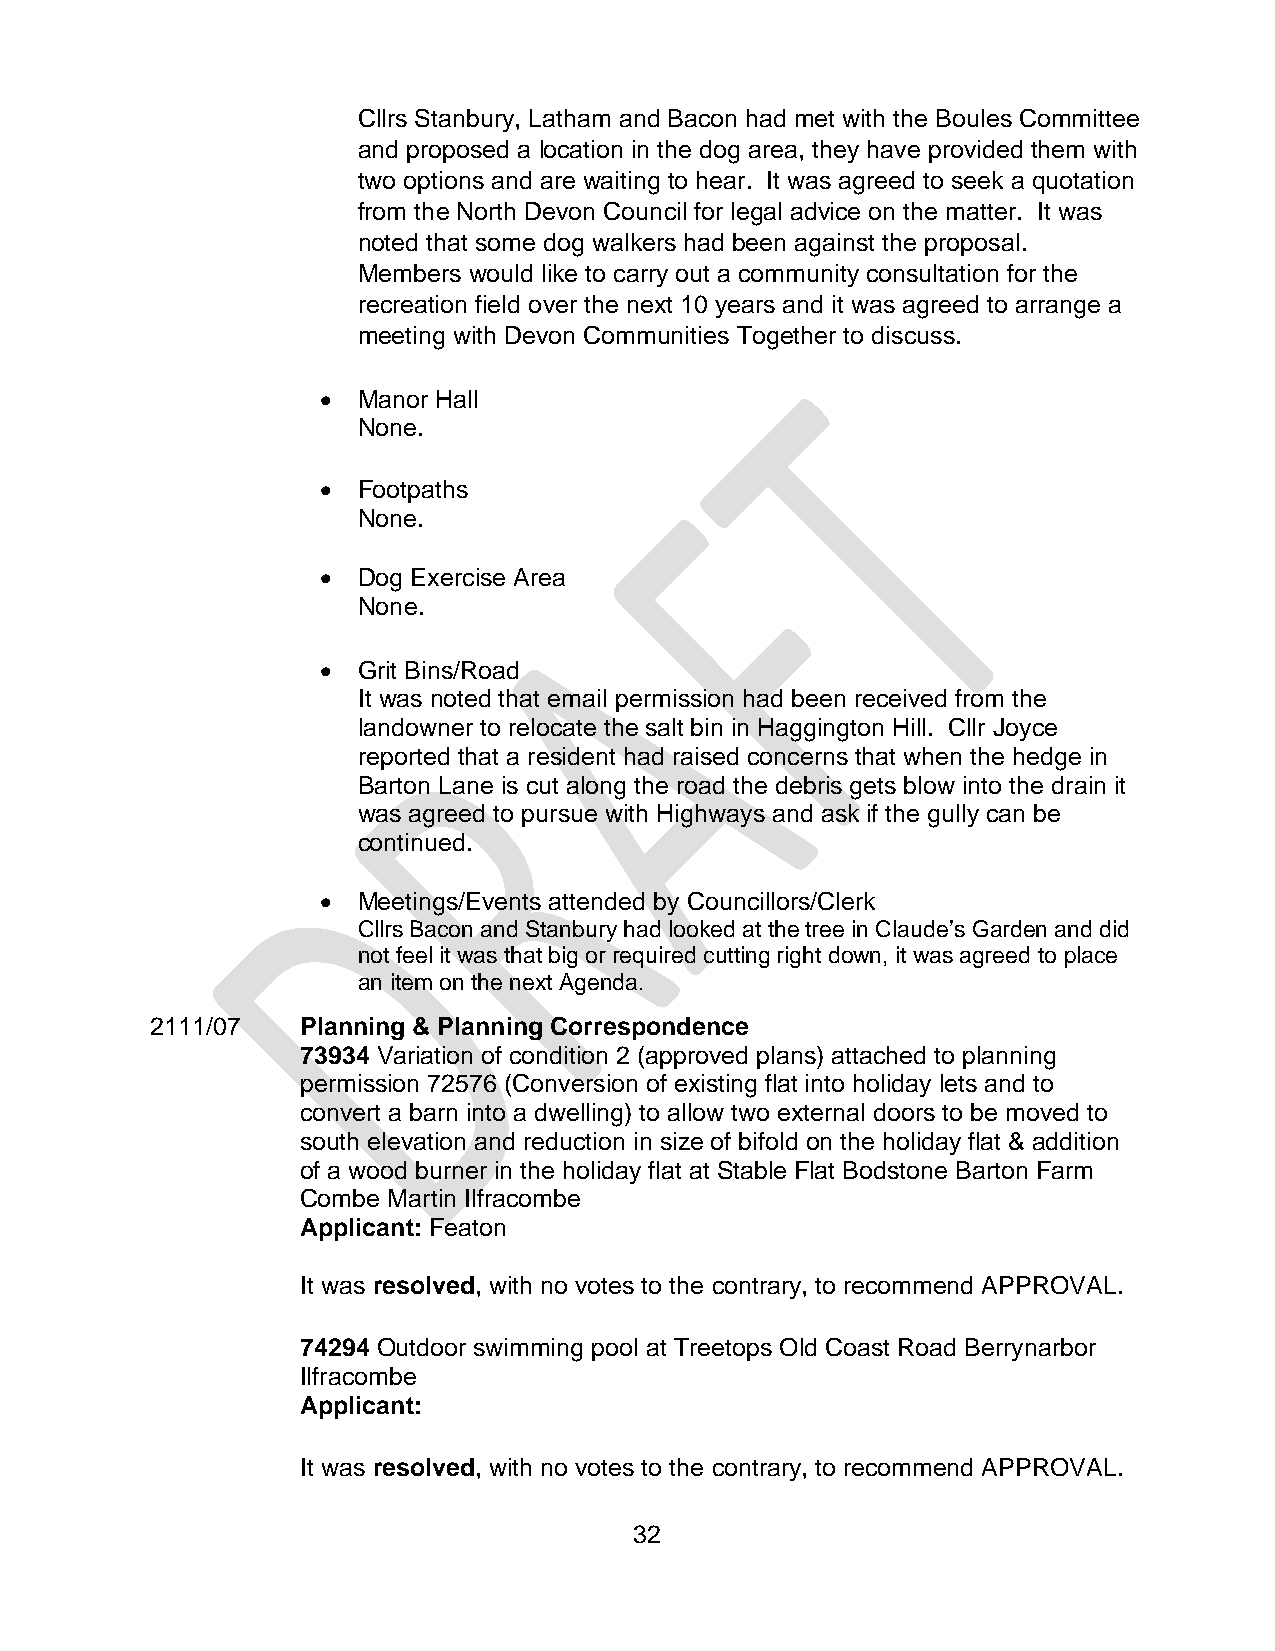
Cllrs Stanbury, Latham and Bacon had met with the Boules Committee
 and proposed a location in the dog area, they have provided them with
 two options and are waiting to hear. It was agreed to seek a quotation
 from the North Devon Council for legal advice on the matter. It was
 noted that some dog walkers had been against the proposal.
 Members would like to carry out a community consultation for the
 recreation field over the next 10 years and it was agreed to arrange a
 meeting with Devon Communities Together to discuss.
 •  Manor Hall
 None.
 •  Footpaths
 None.
 •  Dog Exercise Area
 None.
 •  Grit Bins/Road
 It was noted that email permission had been received from the
 landowner to relocate the salt bin in Haggington Hill. Cllr Joyce
 reported that a resident had raised concerns that when the hedge in
 Barton Lane is cut along the road the debris gets blow into the drain it
 was agreed to pursue with Highways and ask if the gully can be
 continued.
 •  Meetings/Events attended by Councillors/Clerk
 Cllrs Bacon and Stanbury had looked at the tree in Claude’s Garden and did
 not feel it was that big or required cutting right down, it was agreed to place
 an item on the next Agenda.
 2111/07   Planning & Planning Correspondence
 73934 Variation of condition 2 (approved plans) attached to planning
 permission 72576 (Conversion of existing flat into holiday lets and to
 convert a barn into a dwelling) to allow two external doors to be moved to
 south elevation and reduction in size of bifold on the holiday flat & addition
 of a wood burner in the holiday flat at Stable Flat Bodstone Barton Farm
 Combe Martin Ilfracombe
 Applicant: Featon
 It was resolved, with no votes to the contrary, to recommend APPROVAL.
 74294 Outdoor swimming pool at Treetops Old Coast Road Berrynarbor
 Ilfracombe
 Applicant:
 It was resolved, with no votes to the contrary, to recommend APPROVAL.
 32